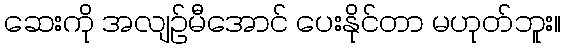
ဆေးကို အလျဉ်မီအောင် ပေးနိုင်တာ မဟုတ်ဘူး။